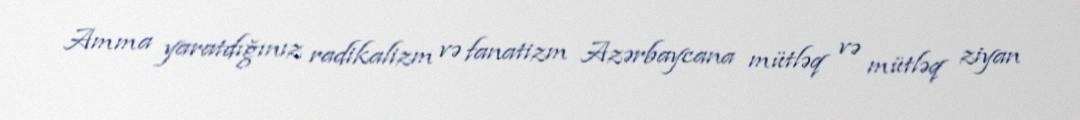
Amma yaratdığınız radikalizm və fanatizm Azərbaycana mütləq və mütləq ziyan